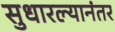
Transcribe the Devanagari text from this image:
सुधारल्यानंतर